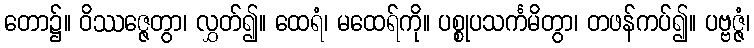
တော၌။ ဝိဿဇ္ဇေတွာ၊ လွှတ်၍။ ထေရံ၊ မထေရ်ကို။ ပစ္စုပသင်္ကမိတွာ၊ တဖန်ကပ်၍။ ပဗ္ဗဇ္ဇံ၊